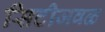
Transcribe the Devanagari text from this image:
सिटीजवळ